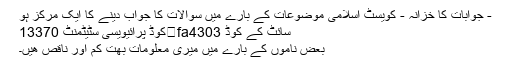
- جوابات کا خزانہ - کویسٹ اسلامی موضوعات کے بارے میں سوالات کا جواب دینے کا ایک مرکز ہو
سائٹ کے کوڈ fa4303	کوڈ پرائیویسی سٹیٹمنٹ 13370
بعض ناموں کے بارے میں میری معلومات بھت کم اور ناقص ھیں۔